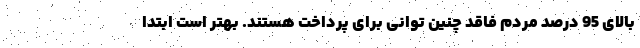
بالای 95 درصد مردم فاقد چنین توانی برای پرداخت هستند. بهتر است ابتدا